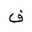
Letter: _fa